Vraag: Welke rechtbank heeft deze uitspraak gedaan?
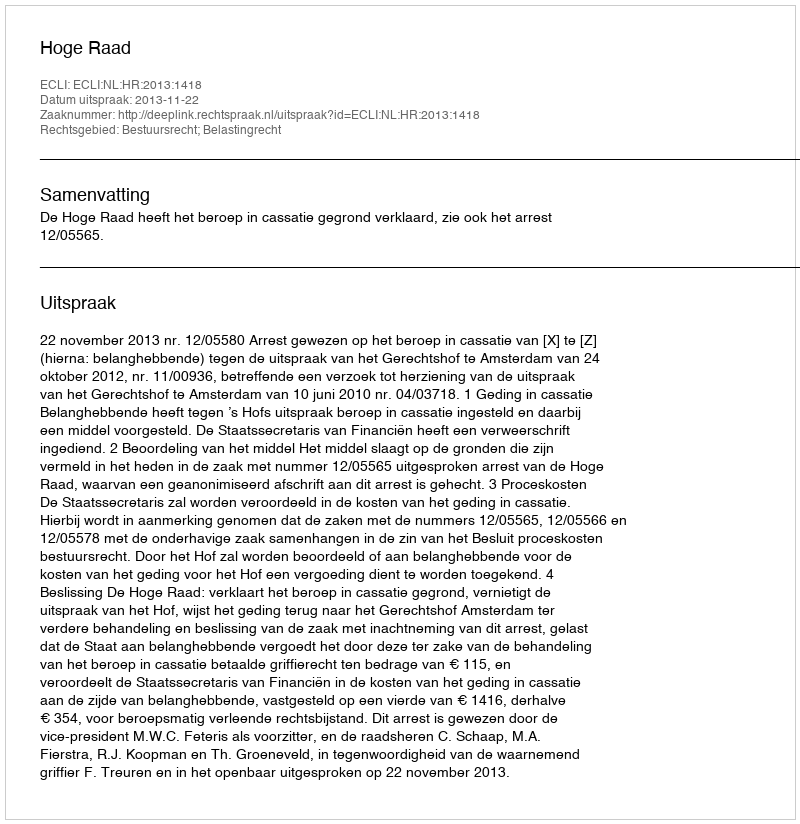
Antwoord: Hoge Raad